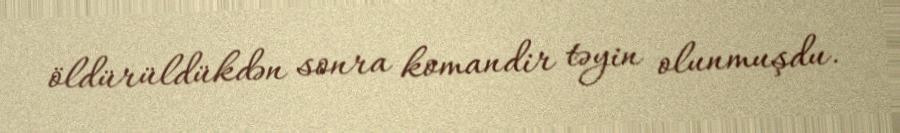
öldürüldükdən sonra komandir təyin olunmuşdu.